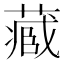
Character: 𮐼